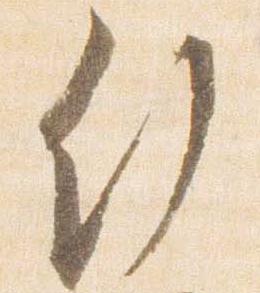
行